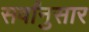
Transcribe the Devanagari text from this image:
सर्वांनुसार